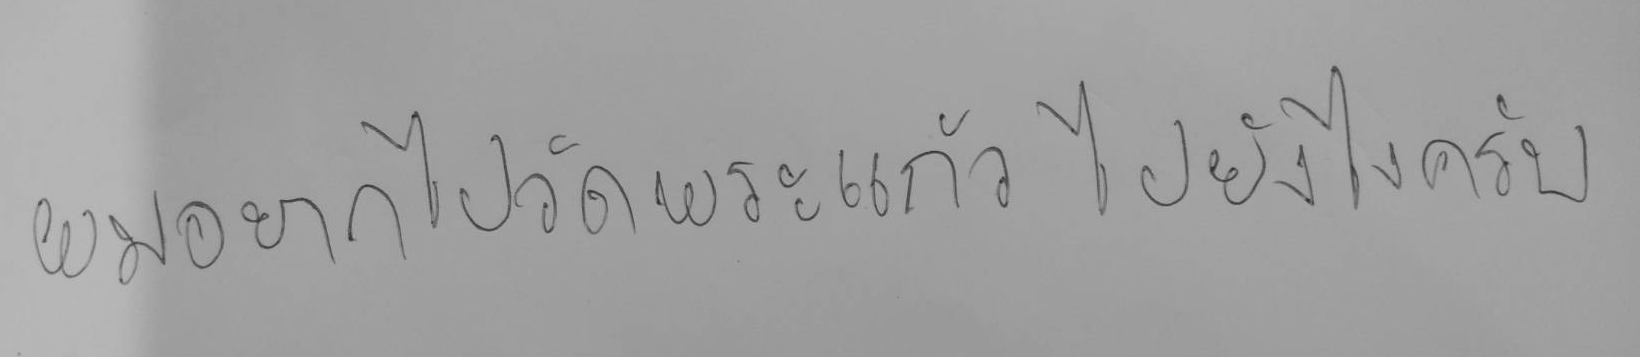
ผมอยากไปวัดพระแก้ว ไปยังไงครับ